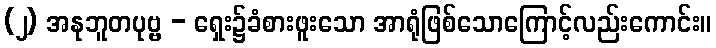
(၂) အနုဘူတပုဗ္ဗ - ရှေး၌ခံစားဖူးသော အာရုံဖြစ်သောကြောင့်လည်းကောင်း။